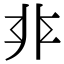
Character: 𩇧